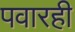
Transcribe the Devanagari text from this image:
पवारही